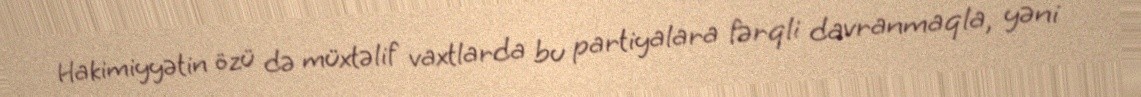
Hakimiyyətin özü də müxtəlif vaxtlarda bu partiyalara fərqli davranmaqla, yəni